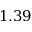
1 . 3 9